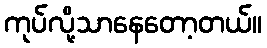
ကုပ်လို့သာနေတော့တယ်။